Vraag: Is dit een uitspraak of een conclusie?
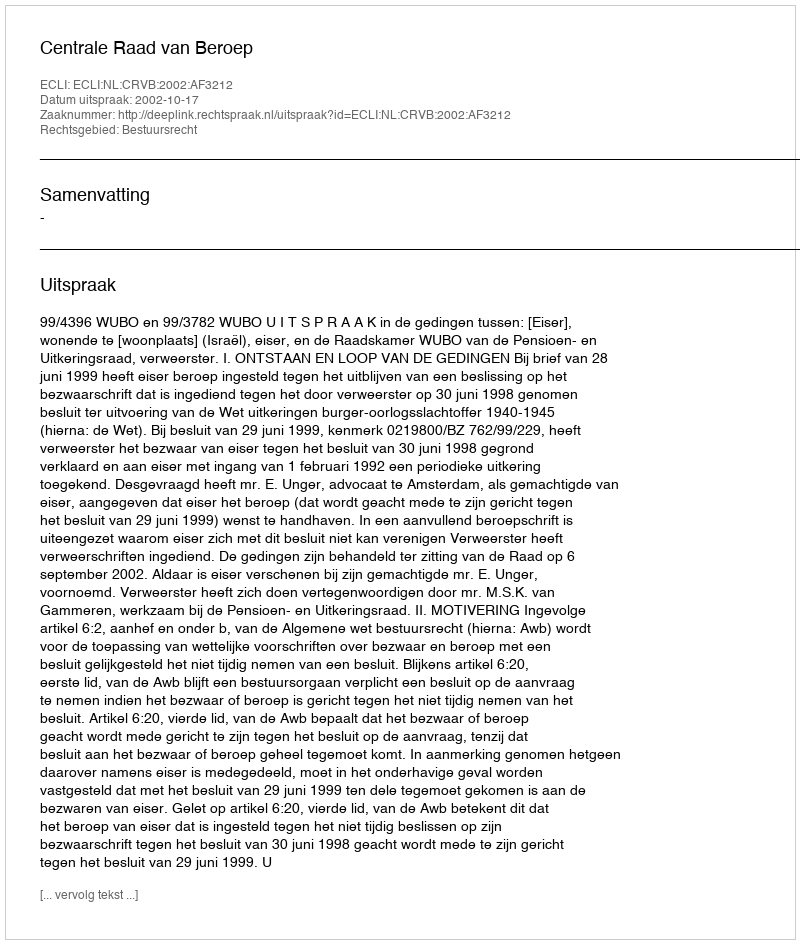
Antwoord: Uitspraak